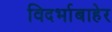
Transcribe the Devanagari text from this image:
विदर्भाबाहेर